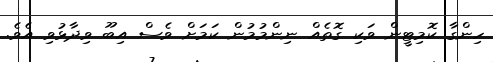
ހިންގާ ކޮމިޓީން ވަކި ގޮތެއް ނިންމުމުން ކަމަށް ވެސް އިބޫ ވިދާޅުވި އެވެ.